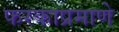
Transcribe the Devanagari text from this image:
फरकाप्रमाणे